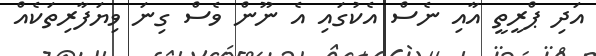
އަދި ޕްރީތީ އާއި ނެސް އެކުގައި އެ ނޫން ވެސް ގިނަ ވިޔަފާރިތަކެއް